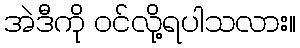
အဲဒီကို ဝင်လို့ရပါသလား။